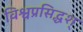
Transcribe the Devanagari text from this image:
विश्वप्रसिद्धश्